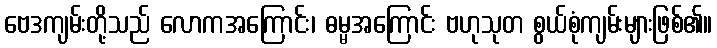
ဗေဒကျမ်းတို့သည် လောကအကြောင်း၊ ဓမ္မအကြောင်း ဗဟုသုတ စွယ်စုံကျမ်းများဖြစ်၏။